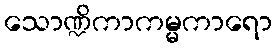
သောဏ္ဍိကာကမ္မကာရော